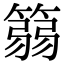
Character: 篛